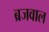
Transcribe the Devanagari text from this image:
ब्रजवाल